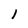
Character: 1